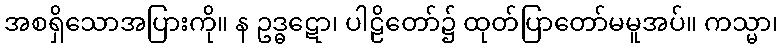
အစရှိသောအပြားကို။ န ဥဒ္ဓဋော၊ ပါဠိတော်၌ ထုတ်ပြာတော်မမူအပ်။ ကသ္မာ၊